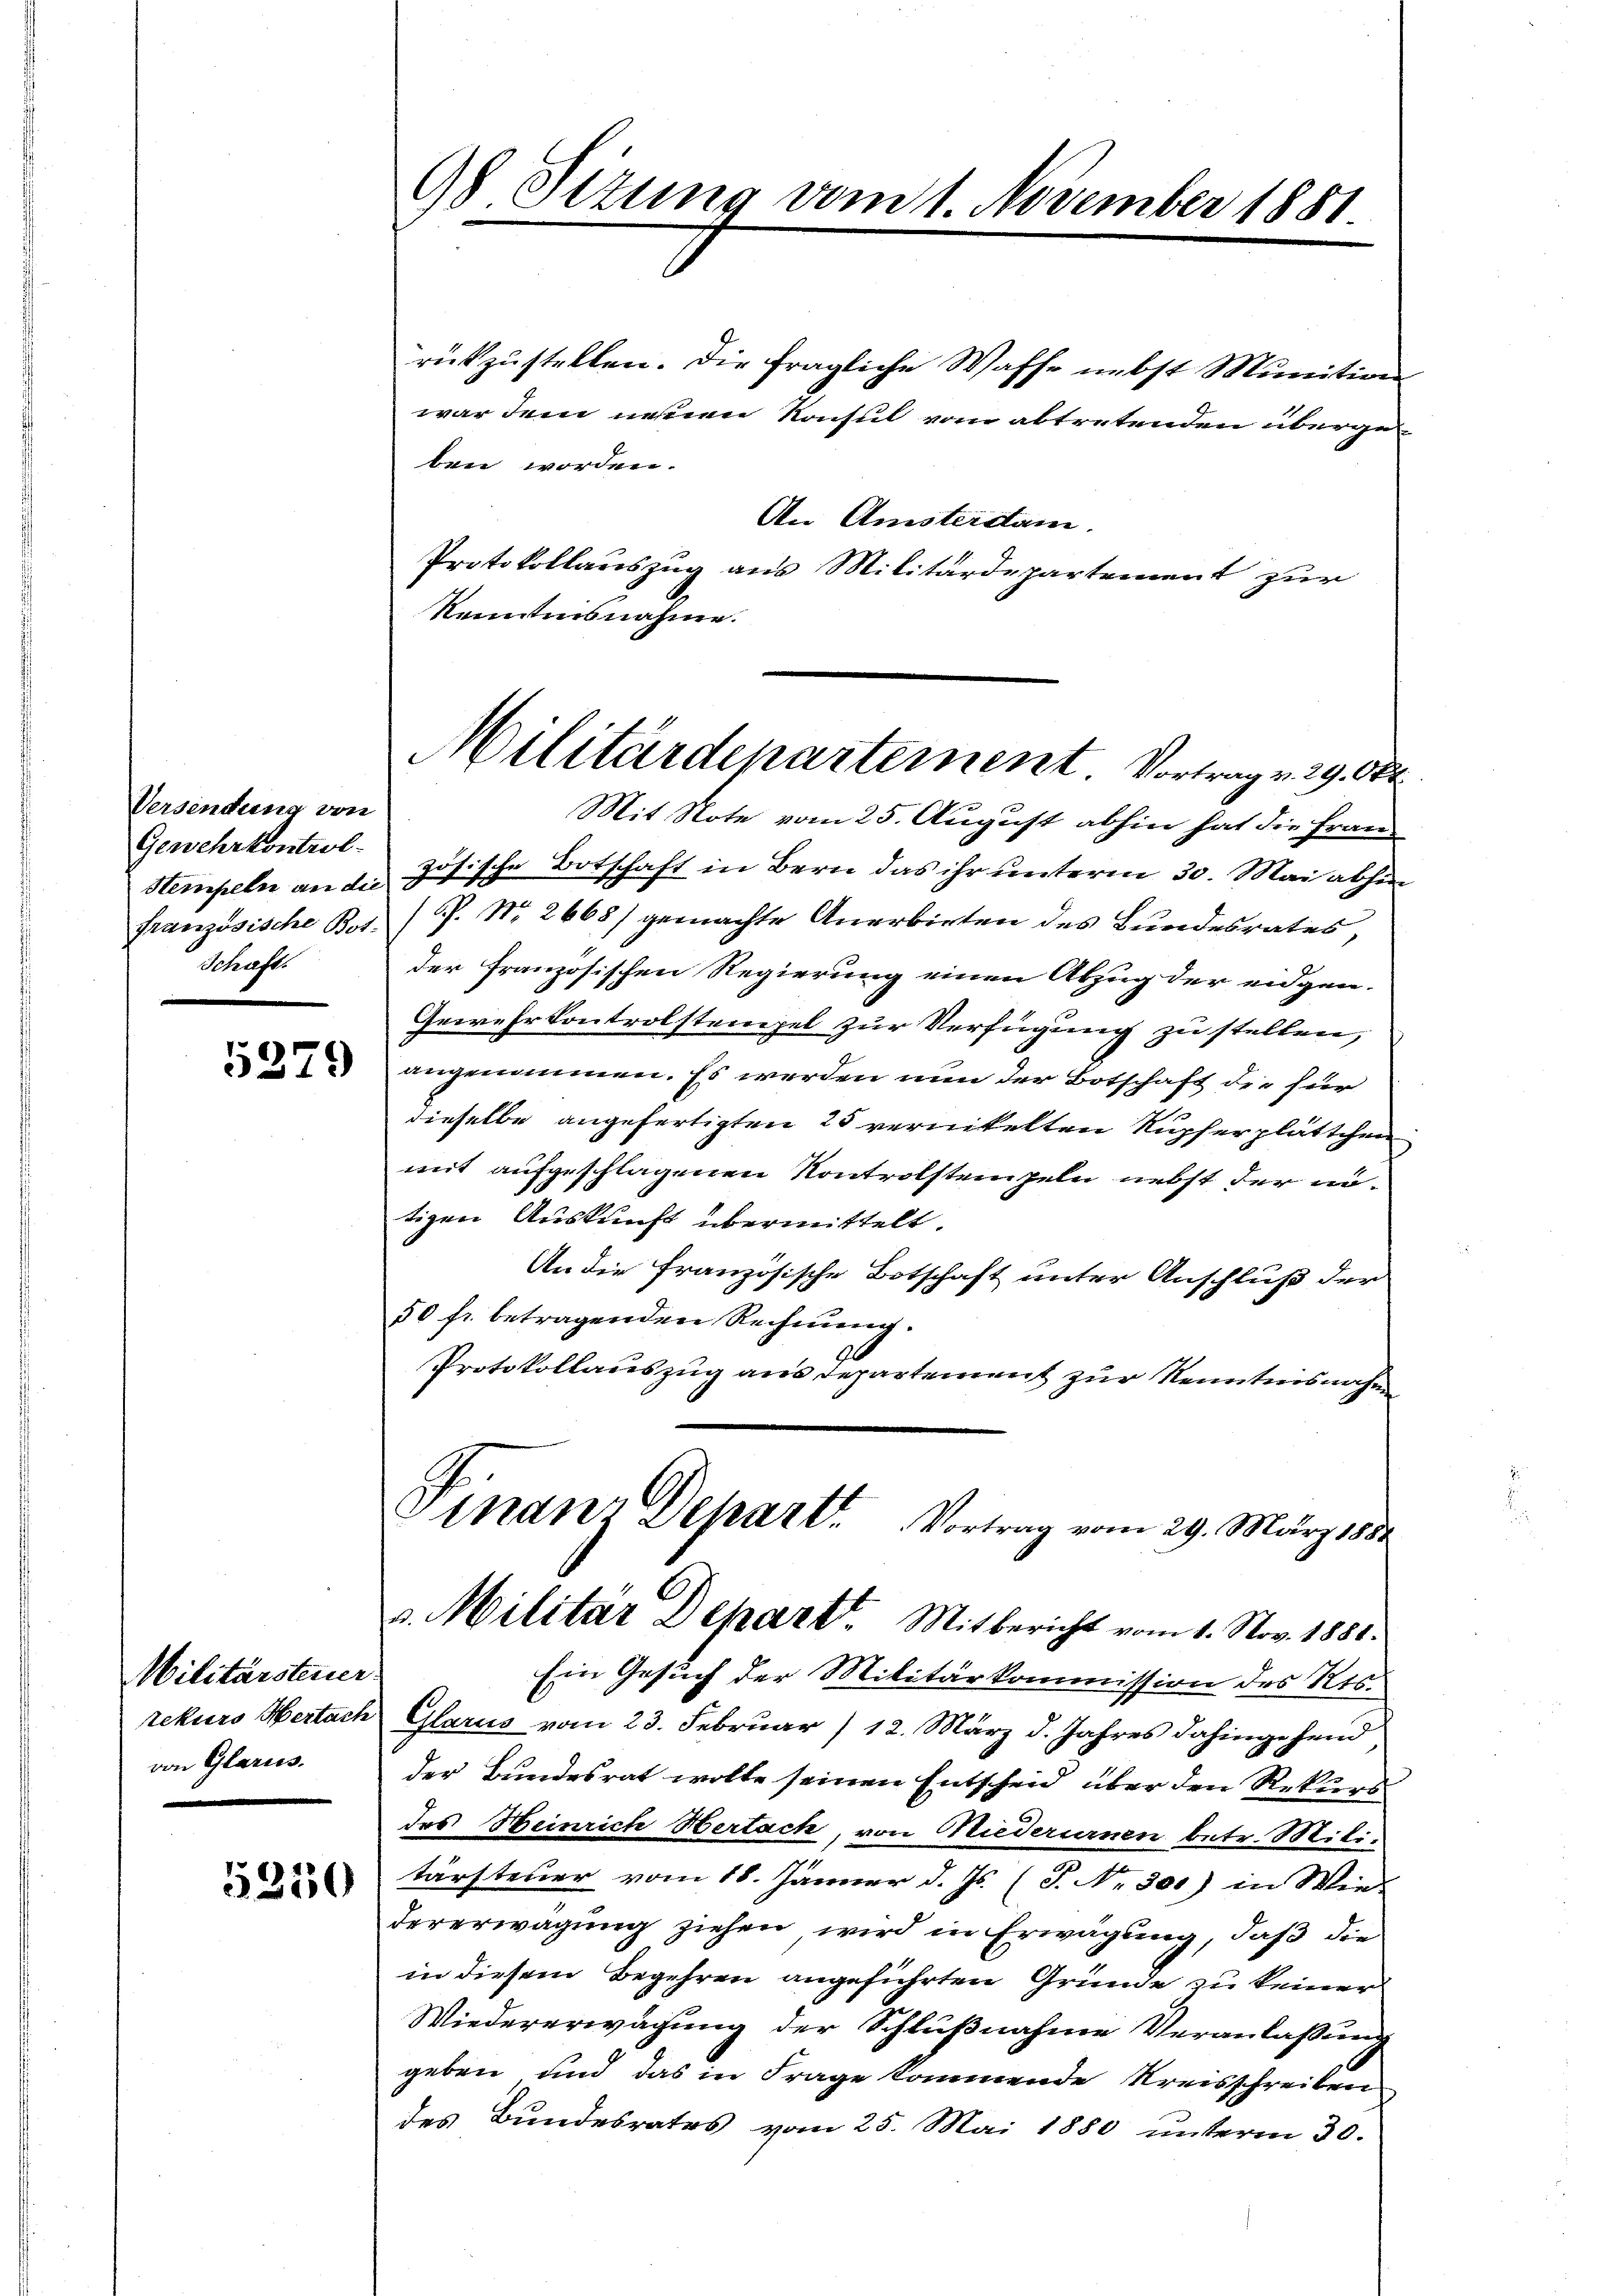
Versendung von
Gewehrkontrol
Steinpeln an die
französische Bos.
Schaft.

5279

Militärsteuer
stekurs Hertach
von Glarus.

5350

98 Sezung vom 1. November 1881

Militärdepartement. Vortrag v. 29. Okt

rückzustellen. Die fragliche Waffe nebst Munitionswar dem neuen Konsul vom abtretenden übergeben worden.
An Amsterdam.
Protokollauszug aus Militärdepartement zur
kenntnisnahme.
Mit Note vom 25. August abhin hat die Frau
zösische Botschaft in Bern das ihr unterm 30. Mai abhin
P. Nr. 2668) gemachte Anerbieten des Bundesrates,
der Französischen Regierung einen Abzug der eigen-
Gewehr kontrolstempel zur Verfügung zu stellen,
angenommen. Es werden nun der Botschaft die für
dieselbe angefertigten 25 vernikelten Rupferplättchen
mit aufgeschlagenen Kontrolsteinzeln nebst der nötigen Auskunft übermittelt.
An die französische Botschaft unter Anschluß der
50 fr. betragenden Rechnung.
Protokollauszug aus Departement zur Kenntensnahm
Finanz Depart. Vortrag vom 29. März 1882
3. Militar Depart. Mitbericht vom 1. Nov. 1881.
Ein Gesuch der Militärkommission des Kts.
Glarus vom 23. Februar /12. März d. Jahres dahingehend
der Bundesrat wolle seinen Entscheid über den Rekurs
des Heinrich Hertach, von Niederurnen betr. Mili-
tärsteuer vom 18. Jänner d. Js. (T. No 301) in Wie-
dererwägung ziehen, wird in Erwägung, daß die
in diesem Begehren angeführten Gründe zu keiner
Wiedererwägung der Schlußnahme Veranlaßung
geben und das in Frage kommende Kreisschreiben
des Bundesrates vom 25. Mai 1880 unterm 30.